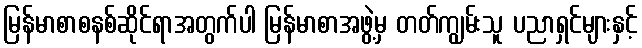
မြန်မာစာစနစ်ဆိုင်ရာအတွက်ပါ မြန်မာစာအဖွဲ့မှ တတ်ကျွမ်းသူ ပညာရှင်များနှင့်